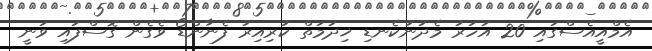
އެމްއީއެސްގައި 20 އަހަރު މެދުނުކެނޑި ޚިދުމަތް ކުރިއިރު ފެނާންޑޯ ވެގެން ގޮސްފައި ވަނީ